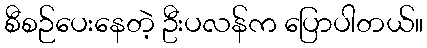
စီစဉ်ပေးနေတဲ့ ဦးပလန်က ပြောပါတယ်။